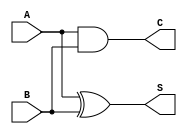
module HalfAdder (
    input wire A,    // First input bit
    input wire B,    // Second input bit
    output wire S,   // Sum output
    output wire C    // Carry output
);

// Calculate the Sum and Carry
assign S = A ^ B;   // Sum is A XOR B
assign C = A & B;   // Carry is A AND B

endmodule